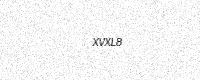
Text: XVXL8